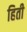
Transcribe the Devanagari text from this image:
हिती